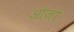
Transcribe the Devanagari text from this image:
ओजो